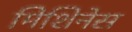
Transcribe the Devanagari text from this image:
मिशिनेस